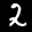
Label: 2